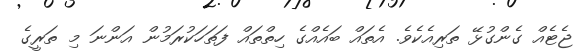
ޖެޓެއް ގެންގުޅޭ ތަރިއެކެވެ. އެތައް ބައެއްގެ ހިތްތައް ފަތަހަކުރަމުން އަންނަ މި ތަރީގެ